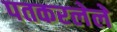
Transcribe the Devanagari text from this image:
पतकरलेले